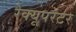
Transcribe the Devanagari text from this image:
रेक्यूपरेटर